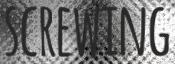
screwing